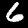
Label: 6